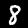
Label: 8